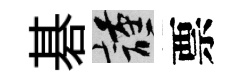
碁謹票